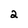
Character: 2